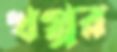
খপ্পর